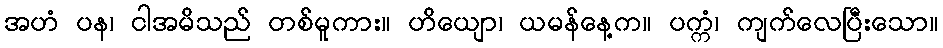
အဟံ ပန၊ ငါအမိသည် တစ်မူကား။ ဟိယျော၊ ယမန်နေ့က။ ပက္ကံ၊ ကျက်လေပြီးသော။